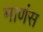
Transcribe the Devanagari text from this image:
माणंस